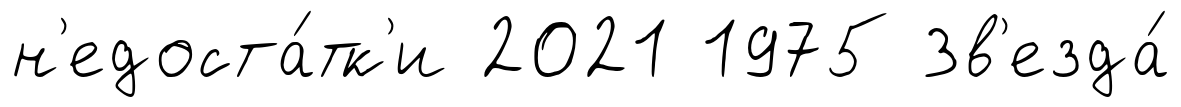
н'едоста́тк'и 2021 1975 Зв'езда́